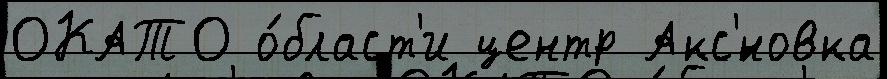
ОКАТО о́бласт'и центр Акс'́новка